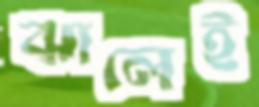
ঝালেই